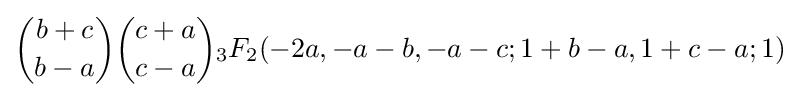
{b+c \choose b-a}{c+a \choose c-a}{}_{3}F_{2}(-2a,-a-b,-a-c;1+b-a,1+c-a;1)